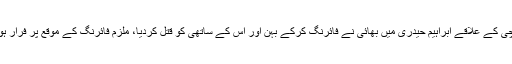
کراچی کے علاقے ابراہیم حیدری میں بھائی نے فائرنگ کرکے بہن اور اس کے ساتھی کو قتل کردیا، ملزم فائرنگ کے موقع پر فرار ہوگیا۔